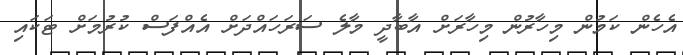
އެހެން ކަމުން މިހާރުން މިހާރަށް އާބާދީ މާލެ ސަރަހައްދަށް އެއްފަސް ކުރުމަށް ޓަކައި